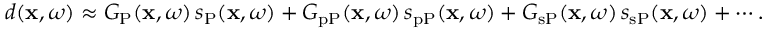
\begin{array} { r } { d ( \mathbf { x } , \omega ) \approx G _ { \mathrm { P } } ( \mathbf { x } , \omega ) \, s _ { \mathrm { P } } ( \mathbf { x } , \omega ) + G _ { \mathrm { p P } } ( \mathbf { x } , \omega ) \, s _ { \mathrm { p P } } ( \mathbf { x } , \omega ) + G _ { \mathrm { s P } } ( \mathbf { x } , \omega ) \, s _ { \mathrm { s P } } ( \mathbf { x } , \omega ) + \cdots . } \end{array}